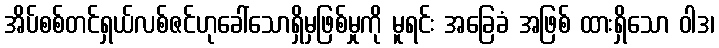
အိပ်စစ်တင်ရှယ်လစ်ဇင်ဟုခေါ်သောရှိမှဖြစ်မှုကို မူရင်း အခြေခံ အဖြစ် ထားရှိသော ဝါဒ၊